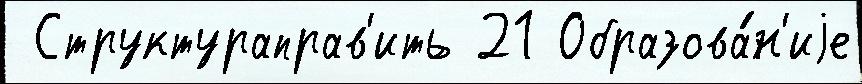
 Структураправ'ить 21 Образова́н'иjе